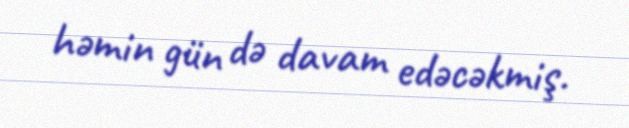
həmin gün də davam edəcəkmiş.